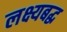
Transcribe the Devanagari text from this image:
लक्ष्यबद्ध